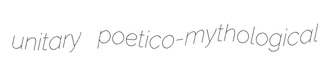
unitary poetico-mythological